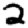
Digit: 2